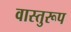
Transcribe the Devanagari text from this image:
वास्तुरूप